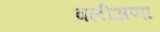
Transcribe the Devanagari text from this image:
वलीअप्पा